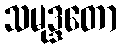
သမုဒ္ဒတော